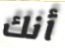
أنك